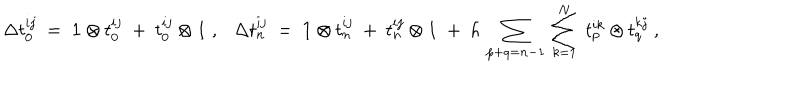
\Delta t _ { 0 } ^ { i j } ~ = ~ { \bf 1 } \otimes t _ { 0 } ^ { i j } ~ + ~ t _ { 0 } ^ { i j } \otimes { \bf 1 } ~ , \Delta t _ { n } ^ { i j } ~ = ~ { \bf 1 } \otimes t _ { n } ^ { i j } ~ + ~ t _ { n } ^ { i j } \otimes { \bf 1 } ~ + ~ h \, \sum _ { p + q = n - 1 } \, \sum _ { k = 1 } ^ { N } ~ t _ { p } ^ { i k } \otimes t _ { q } ^ { k j } ~ ,